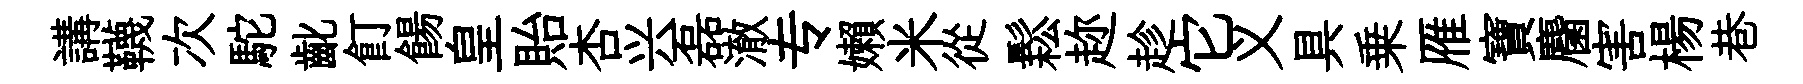
講韈次駝齔飣餳皇貽杏兴磊澈专嬾米從鬆趂趁它义具乗雁寶麕害楊巷